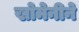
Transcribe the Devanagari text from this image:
खोमेनीने